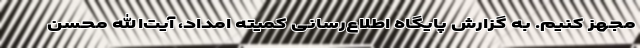
مجهز کنیم. به گزارش پایگاه اطلاع‌رسانی کمیته امداد، آیت‌الله محسن